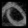
Digit: ၀